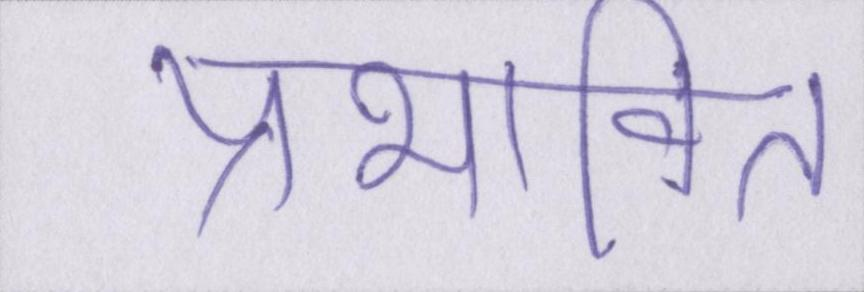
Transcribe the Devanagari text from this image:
प्रभावित